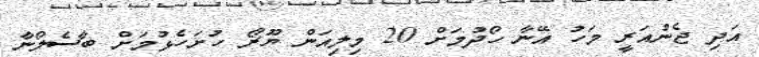
އަދި ޖެނުއަރީ މަހު އޭނާ ހޯދުމަށް 20 މިލިއަން ޔޫރޯ ހުށަހެޅުމަށް ބާސެލޯނާ